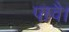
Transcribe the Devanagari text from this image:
पावै।